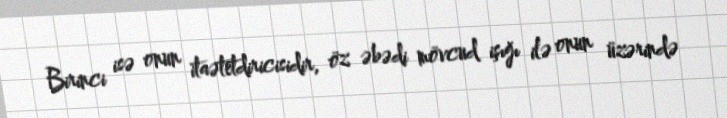
Birinci isə onun itaətetdiricisidir, öz əbədi mövcud işığı ilə onun üzərində